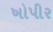
ખોપીર